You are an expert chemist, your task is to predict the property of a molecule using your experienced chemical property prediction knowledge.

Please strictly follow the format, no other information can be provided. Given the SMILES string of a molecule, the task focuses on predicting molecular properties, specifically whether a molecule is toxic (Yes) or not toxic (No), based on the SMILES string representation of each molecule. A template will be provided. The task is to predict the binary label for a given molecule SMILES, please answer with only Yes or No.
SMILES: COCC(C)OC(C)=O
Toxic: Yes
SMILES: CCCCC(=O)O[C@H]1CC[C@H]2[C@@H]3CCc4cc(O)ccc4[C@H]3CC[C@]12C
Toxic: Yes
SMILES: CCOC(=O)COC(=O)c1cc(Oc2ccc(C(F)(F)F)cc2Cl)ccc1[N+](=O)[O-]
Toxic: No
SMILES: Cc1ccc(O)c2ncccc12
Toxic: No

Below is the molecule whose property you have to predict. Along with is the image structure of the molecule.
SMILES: CCCCCCCCCCCCCCCC(=O)O[C@@H]1CC(C)=C(/C=C/C(C)=C/C=C/C(C)=C/C=C\C=C(C)\C=C\C=C(C)\C=C\C2=C(C)C[C@@H](OC(=O)CCCCCCCCCCCCCCC)CC2(C)C)C(C)(C)C1
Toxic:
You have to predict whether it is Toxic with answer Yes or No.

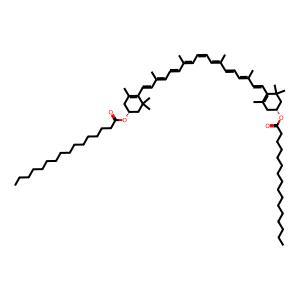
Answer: No